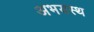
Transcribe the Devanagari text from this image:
अभयस्थ